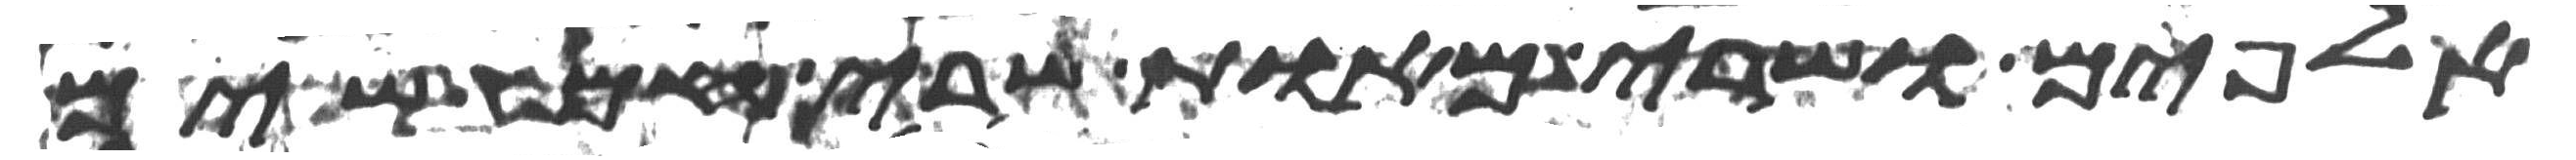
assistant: אלפים ושרי מאות שרי חמשים